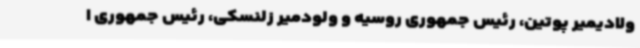
ولادیمیر پوتین، رئیس جمهوری روسیه و ولودمیر زلنسکی، رئیس جمهوری ا